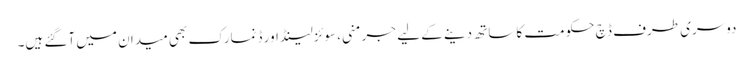
دوسری طرف ڈچ حکومت کا ساتھ دینے کے لیے جرمنی، سوئزلینڈ اور ڈنمارک بھی میدان میں آگئے ہیں۔